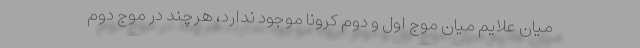
میان علایم میان موج اول و دوم کرونا موجود ندارد، هرچند در موج دوم